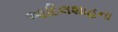
આદિલશાહના